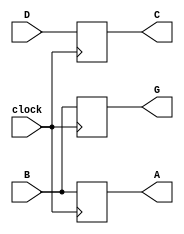
module blocking (
  input clock,
  input [3:0] B, D,
  output reg [3:0] A, C, G
);

  always @( posedge clock ) begin
    A = B;
    C = D;
    G = A;
  end

endmodule

module nonblocking (
  input clock,
  input [3:0] B, D,
  output reg [3:0] A, C, G
);

  always @( posedge clock ) begin
    A <= B;
    C <= D;
    G <= A;
  end

endmodule

module bvnb_tb;

  reg [3:0] b, d;
  wire [3:0] bA, bC, bG;
  wire [3:0] nbA, nbC, nbG;
  reg clock;

  blocking dut_b ( clock, b, d, bA, bC, bG );
  nonblocking dut_nb ( clock, b, d, nbA, nbC, nbG );

  initial clock = 0;
  always #5 clock = ~clock;

  initial begin
        { b, d } = 8'h0_8;
    #10 { b, d } = 8'h1_9;
    #10 { b, d } = 8'h2_a;
    #10 { b, d } = 8'h3_b;
    #10 { b, d } = 8'h4_c;
    #10 { b, d } = 8'h5_d;
    #10 { b, d } = 8'h6_e;
    #10 $stop();
  end

endmodule